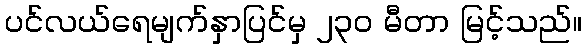
ပင်လယ်ရေမျက်နှာပြင်မှ ၂၃၀ မီတာ မြင့်သည်။